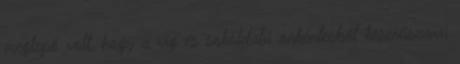
meglepő volt, hogy a víg és sokoldalú önkéntesből keserűszavú